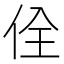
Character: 佺